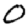
Digit: 0